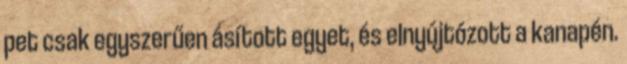
pet csak egyszerűen ásított egyet, és elnyújtózott a kanapén.